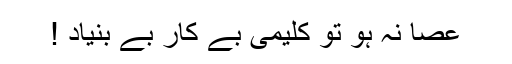
عصا نہ ہو تو کلیمی بے کار بے بنیاد !